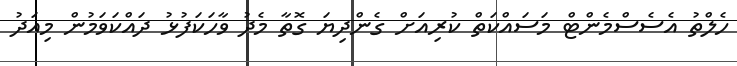
ހެލްތު އެސެސްމެންޓް މަސައްކަތް ކުރިއަށް ގެންދިޔަ ގޮތާ މެދު ވާހަކަފުޅު ދައްކަވަމުން މިއަދު